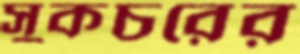
সুকচরের